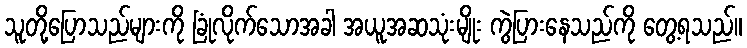
သူတို့ပြောသည်များကို ခြုံလိုက်သောအခါ အယူအဆသုံးမျိုး ကွဲပြားနေသည်ကို တွေ့ရသည်။